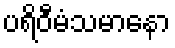
ပရိဝီမံသမာနော